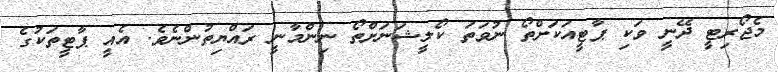
މެޖޯރިޓީ ދޭނީ ވަކި ޕާޓީއަކަށްތޯ ނުވަތަ ކޯލީޝަނަށްތޯ ނިންމާނީ ރައްޔިތުންނެވެ. އެއީ ޕާޓީތަކުގެ